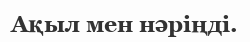
Ақыл мен нәріңді.